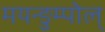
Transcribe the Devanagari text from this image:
मयन्ङुम्पोल्